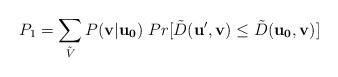
LaTeX: \begin{align*}P_1 = \sum_{\tilde{V}} P(\mathbf{v|u_0}) \ Pr[\tilde{D}(\mathbf{u',v}) \le \tilde{D}(\mathbf{u_0,v})] \end{align*}